Annual report of lunatic asylums [Bombay] - 1912-1922
Year: 1912
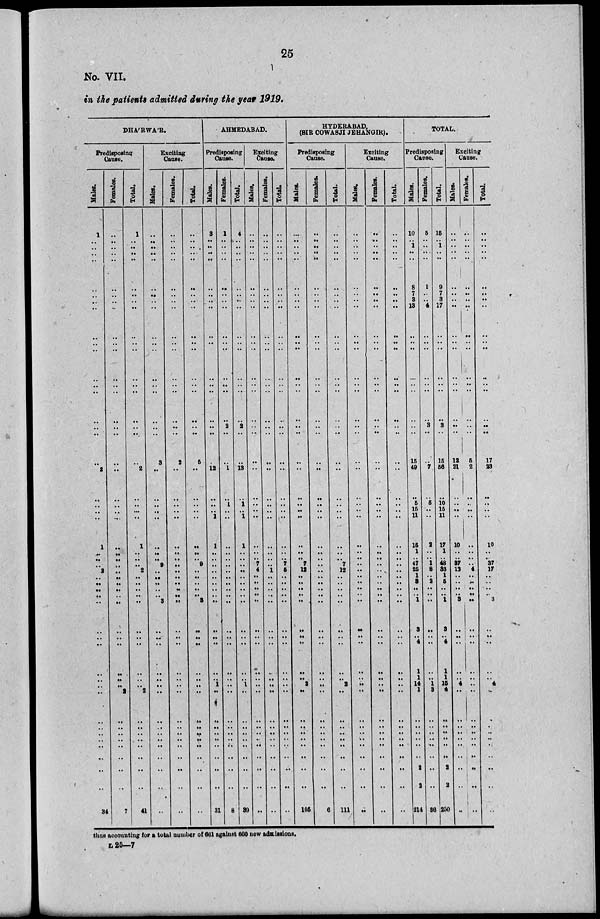
25
No. VII.
in tie patients admitted during the year 1919.
DHA'RWA'R.
Predisposing
Cause.
Males.
1
..
. .
..
..
..
. .
.. . .
..
......
......
......
......
......
......
......
..
..
2
..
..
..
..
1
..
..
2
..
..
..
..
..
..
..
..
..
..
..
..
..
..
..
..
..
..
..
34
Females.
..
. .
..
..
..
..
..
..
..
..
..
..
..
..
..
..
..
..
..
..
..
..
. .
..
..
..
..
..
..
..
..
.. ..
..
..
..
..
..
2
..
..
..
..
..
..
..
..
7
Total.
1
..
..
..
..
..
..
..
..
..
..
..
..
..
..
..
..
..
..
2
..
..
...
..
1
..
. .
2
. .
. .
. .
.. . .
. .
..
..
..
..
2
..
..
..
..
..
..
..
..
41
Exciting
Cause.
Males.
..
..
..
..
..
..
..
..
..
..
..
..
..
..
..
..
..
..
3
..
..
..
..
..
..
..
9
..
..
..
..
.. 3
..
..
..
..
..
..
..
..
..
..
..
..
..
..
. .
Females.
..
..
..
..
..
..
..
..
..
..
..
..
..
..
..
..
..
..
2
..
..
..
..
..
..
..
..
..
..
..
..
.. ..
..
..
..
..
..
..
..
..
..
..
..
..
..
..
..
Total.
..
..
..
..
..
..
..
..
..
..
..
..
..
..
..
..
..
..
5
..
..
..
..
..
..
..
9
..
..
..
..
.. 3
..
..
..
..
..
..
..
..
..
..
..
..
..
..
..
AHMEDABAD.
Predisposing
Cause.
Hales.
3
..
..
..
..
..
..
..
..
..
..
..
..
..
..
..
..
..
..
12
..
..
. .
1
1
..
..
..
. .
. .
..
..
..
..
..
..
..
1
..
..
..
..
..
..
..
..
..
31
Females.
1
..
. .
..
..
..
..
..
..
..
..
..
..
..
..
..
2
..
..
1
..
1
..
..
. .
. .
..
..
..
..
..
..
..
. .
..
..
..
. .
..
..
..
..
..
..
..
..
..
8
Total.
4
..
. .
..
..
..
..
..
..
..
..
..
..
..
..
..
2
..
..
13
..
1
..
1
1
..
..
..
..
..
..
..
..
..
..
..
..
1
..
..
..
..
..
..
..
..
..
39
Exciting
Cause.
Males.
..
. .
..
..
..
..
..
..
..
..
..
..
..
..
..
....
..
..
..
..
..
..
. .
..
..
..
7
4
..
..
..
..
..
..
..
..
..
..
..
..
..
..
..
..
..
..
..
..
Females.
..
. .
. .
..
..
..
..
..
..
..
..
..
..
..
..
..
..
..
..
..
..
..
..
..
..
..
. .
1
. .
..
..
..
..
..
..
..
..
..
..
..
..
..
..
..
..
..
..
..
Total.
..
. .
. .
..
..
..
..
..
..
..
..
..
..
..
..
..
..
..
..
..
..
..
..
..
..
..
7
5
..
..
..
..
..
..
..
..
..
..
..
..
..
..
..
..
..
..
..
..
HYDERABAD.
(SIR COWASJI JEHANGIR).
Predisposing
Cause.
Males.
..
..
..
..
..
..
..
..
..
..
..
..
..
..
..
..
..
..
..
..
..
..
..
..
..
..
7
12
..
..
..
..
..
..
..
..
..
2
..
..
..
..
..
..
..
..
..
105
Females.
..
..
..
..
..
..
..
..
..
..
..
..
..
..
..
..
..
..
..
..
..
..
..
..
..
..
..
...
..
..
..
..
..
..
..
..
..
..
..
..
..
..
..
..
..
..
..
6
Total.
..
..
..
..
..
..
..
..
..
..
..
..
..
..
..
..
..
..
..
..
..
..
..
..
..
..
7
12
..
..
..
..
..
. .
..
..
..
2
..
..
..
..
..
..
..
..
..
111
Exciting
Cause.
Males.
..
. .
. .
..
..
..
..
. .
..
..
..
..
..
..
..
..
..
..
..
..
..
..
. .
..
..
..
..
..
..
..
..
..
..
..
..
..
..
. .
..
..
..
..
..
..
..
..
..
..
Females.
..
..
. .
..
..
..
..
..
..
..
..
..
..
..
..
..
..
..
..
..
..
..
..
..
..
..
..
..
. .
..
..
..
..
..
..
..
..
. .
..
..
..
..
..
..
..
..
..
..
Total.
..
. .
..
..
..
..
..
..
..
..
..
..
..
..
..
..
..
..
..
..
..
..
..
..
..
..
..
. .
. .
. .
..
..
..
. .
..
..
. .
..
..
..
..
..
..
..
..
..
..
..
TOTAL.
Predisposing
Cause.
Males.
10
..
1
..
..
8
7
3
13
..
..
..
..
..
..
..
..
..
15
49
..
5
16
11
15
1
47
25
1
3
..
.. 1
3
. .
4
1
1
14
1
..
..
..
..
..
..
2
2
214
Females.
5
. .
..
..
..
1
. .
. .
4
..
..
..
..
..
..
..
3
..
..
7
..
5
. .
..
2
..
1
8
. .
2
..
.. ..
..
..
. .
..
..
1
3
..
..
..
..
..
..
..
..
36
Total.
15
..
1
..
..
9
7
3
17
..
..
..
..
..
..
..
3
..
15
56
..
10
16
11
17
1
48
33
1
5
..
.. 1
3
..
4
1
1
15
4
..
..
..
..
..
..
2
2
250
Exciting
Cause.
Males.
..
. .
..
..
..
..
..
..
..
..
..
..
..
..
..
..
..
..
12
21
..
..
. .
..
10
..
37
13
..
. .
..
.. 3
..
. .
..
..
..
4
..
..
..
..
..
..
..
. .
..
..
Females.
..
. .
..
..
..
..
..
..
..
..
..
..
..
..
..
..
...
..
5
2
..
..
..
..
..
..
..
4
..
..
..
.. . .
..
..
..
..
..
..
..
..
..
..
..
..
..
..
..
..
Total.
..
..
..
..
..
..
..
..
..
..
..
..
..
..
..
..
..
..
17
23
..
. .
..
..
10
..
37
17
..
..
..
.. 3
..
. .
..
..
..
4
..
..
..
..
..
..
..
..
..
..
thus accounting for a total number of 661 against 660 new admissions.
L 25—7